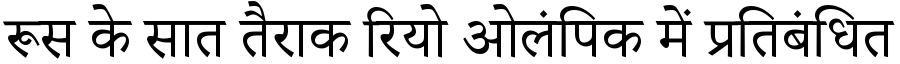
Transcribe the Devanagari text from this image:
रूस के सात तैराक रियो ओलंपिक में प्रतिबंधित